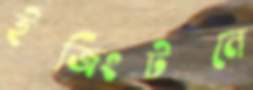
ইজিংটনে